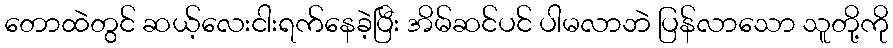
တောထဲတွင် ဆယ့်လေးငါးရက်နေခဲ့ပြီး အိမ်ဆင်ပင် ပါမလာဘဲ ပြန်လာသော သူတို့ကို